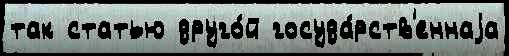
так статью друго́й госуда́рств'еннаjа